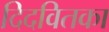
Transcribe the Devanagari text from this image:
दिदवितका